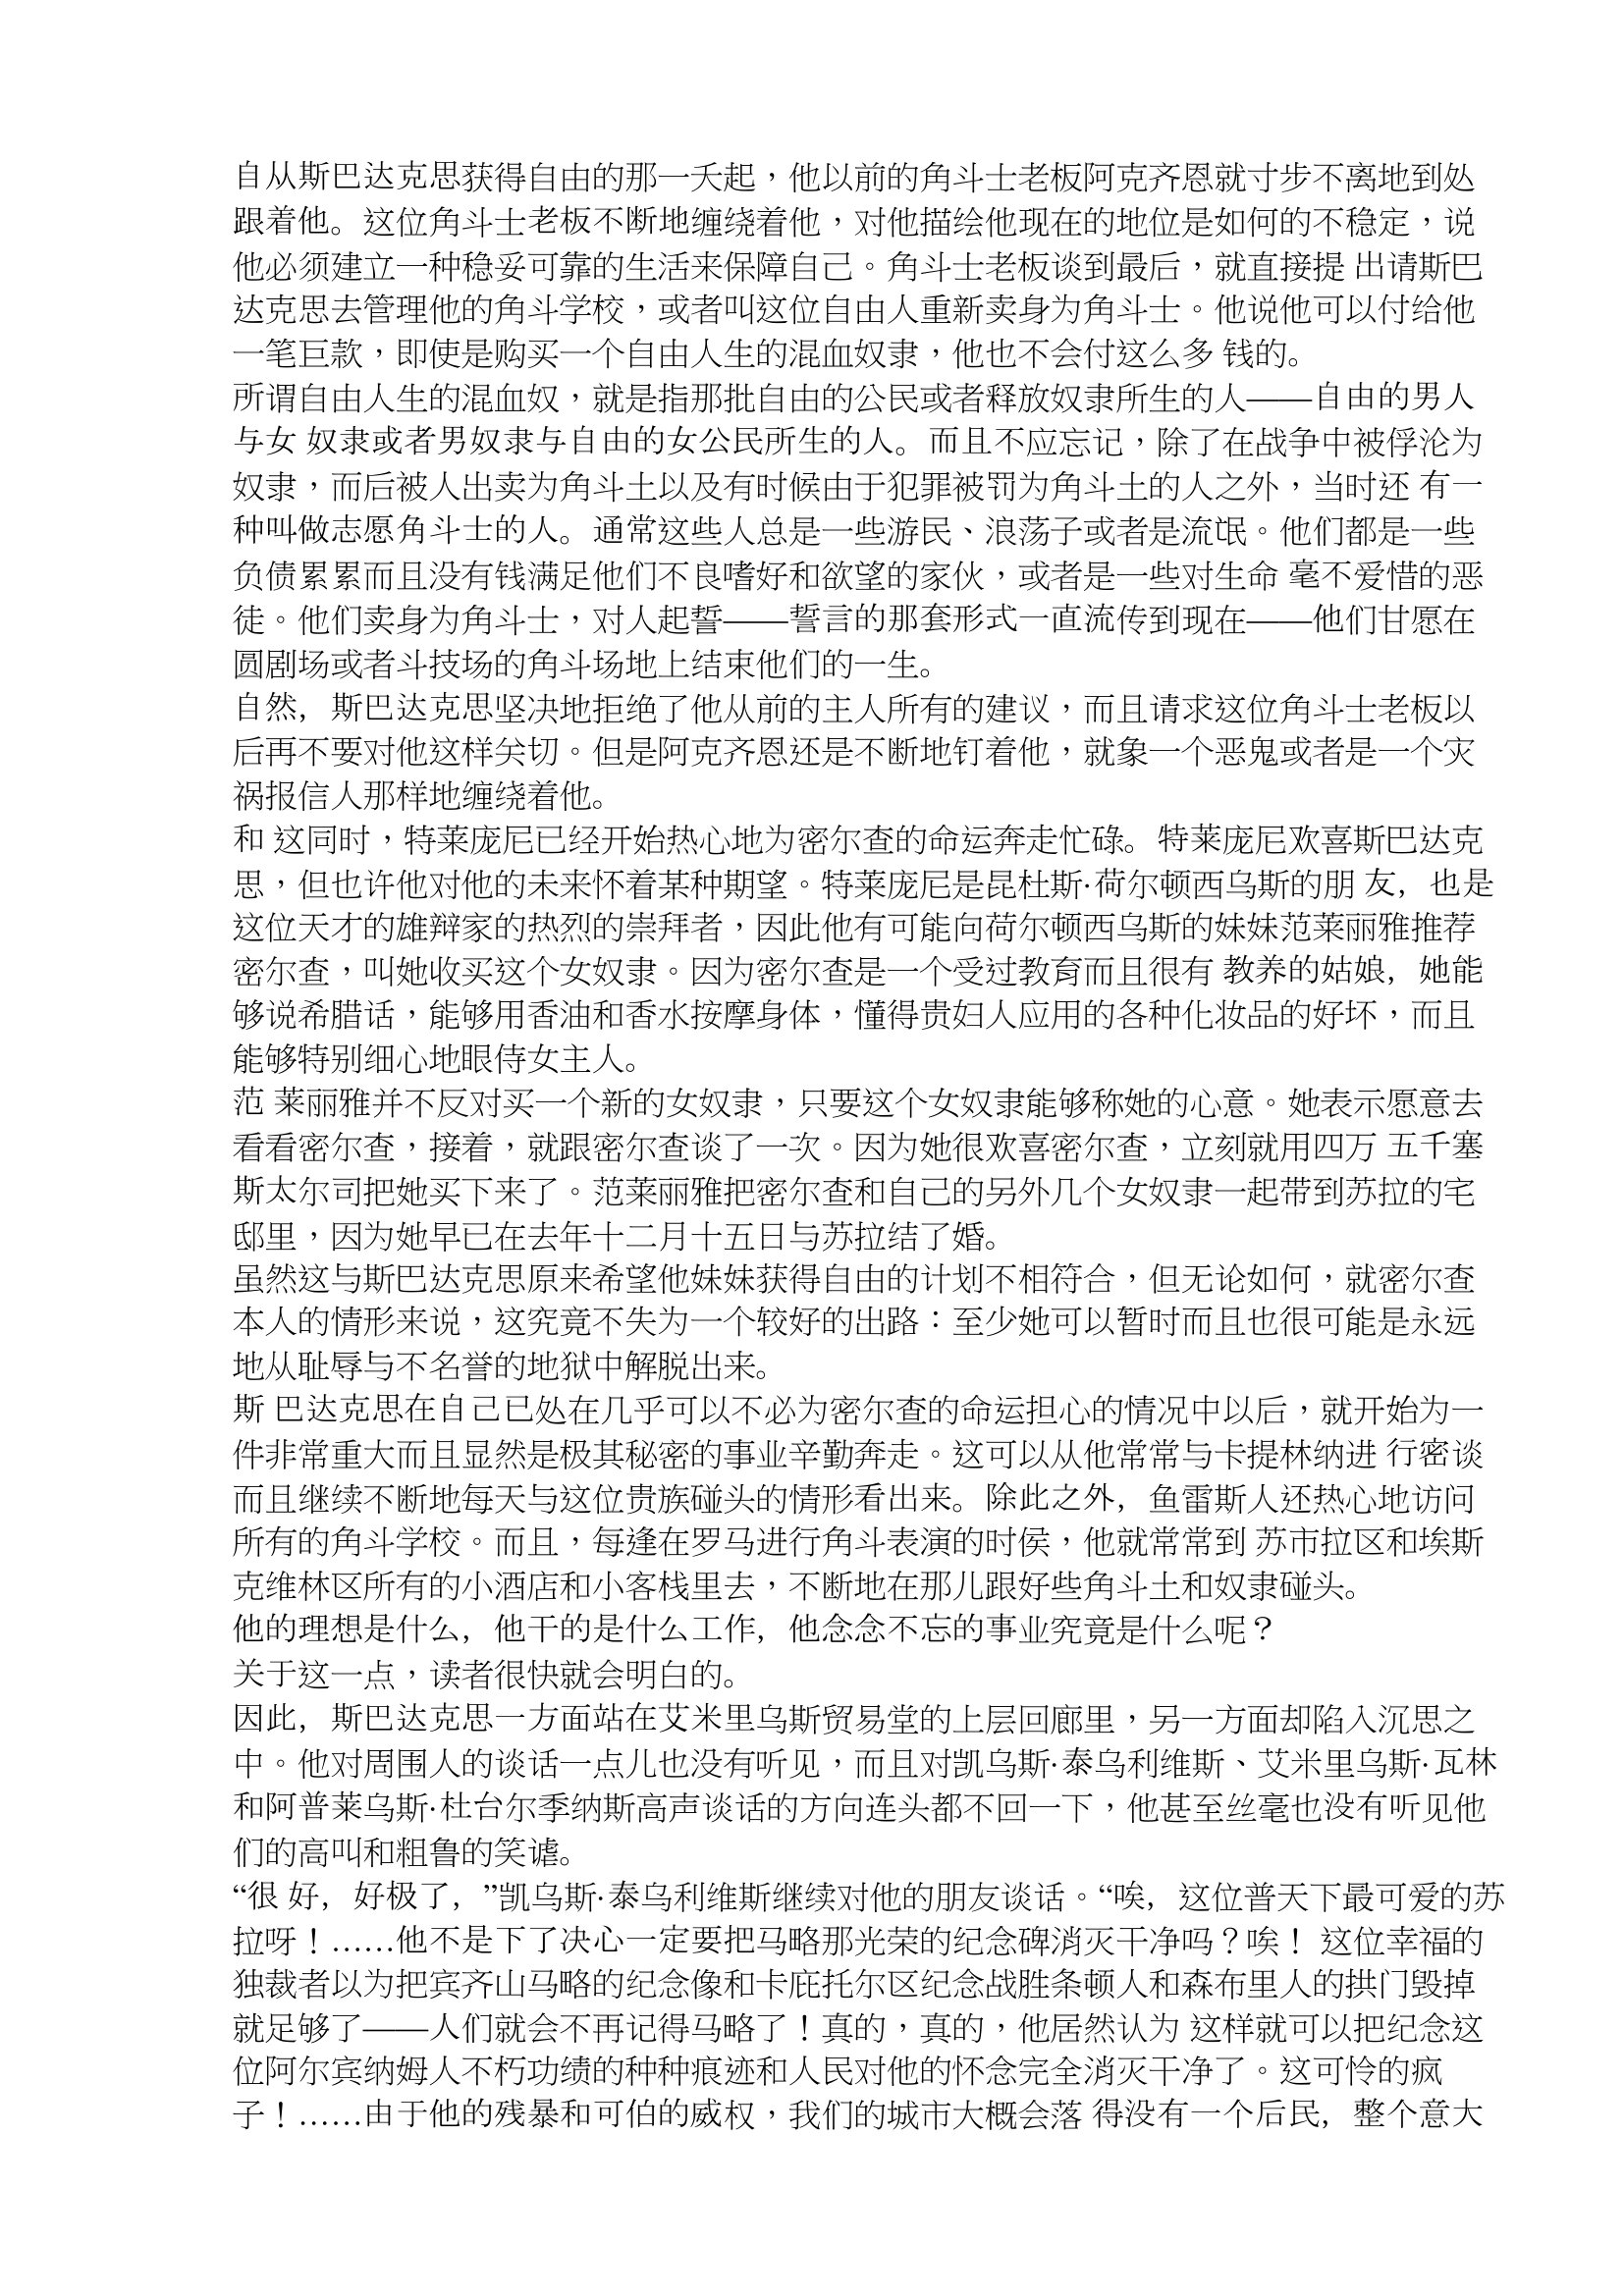
Language: zh